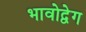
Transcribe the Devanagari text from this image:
भावोद्वेग